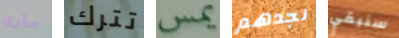
سارى تترك يمس نجدهم سنبقي